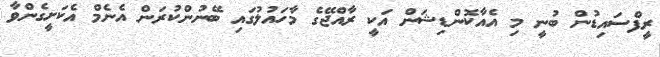
ރީފްސައިޑުން ބުނީ މި އެއާކޮންޑިޝަން އަކީ ރާއްޖޭގެ މާހައުލުގައި ބޭނުންކުރަން އެނެމް އެކަށީގެންވާ